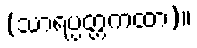
(သာရပ္ပတ္တကထာ)။